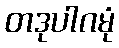
တဒုပါဂမုံ